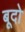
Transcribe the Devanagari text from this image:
बूदो